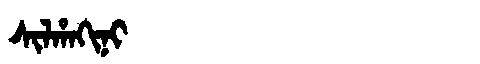
Manchu: ᠰᡳᠯᡥᠠᡴᡳᠨᡳ
Romanization: SILHAKINI